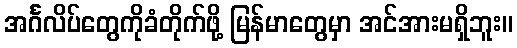
အင်္ဂလိပ်တွေကိုခံတိုက်ဖို့ မြန်မာတွေမှာ အင်အားမရှိဘူး။